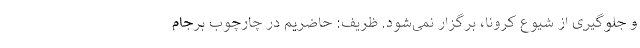
و جلوگیری از شیوع کرونا، برگزار نمی‌شود. ظریف: حاضریم در چارچوب برجام